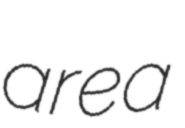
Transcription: are a